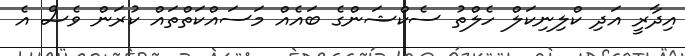
އިދާރީ އަދި ކްލިނިކަލް ހެލްތު ސެކްޝަންގެ ބައެއް މަސައްކަތްތައް ކުރަން ވެސް އެ